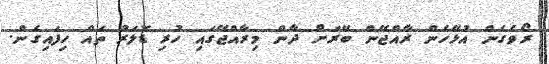
ރޯވެގެން އުޅޭހެން ރާއްޖޭން ބޭރަށް ދާން މިރާއްޖޭގައި ހުރި ޑޮލަރު ތައް ހިފައިގެން.